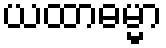
ယထာဓမ္မာ